Vabadussoja_Ajaloo_Komitee, lk 38
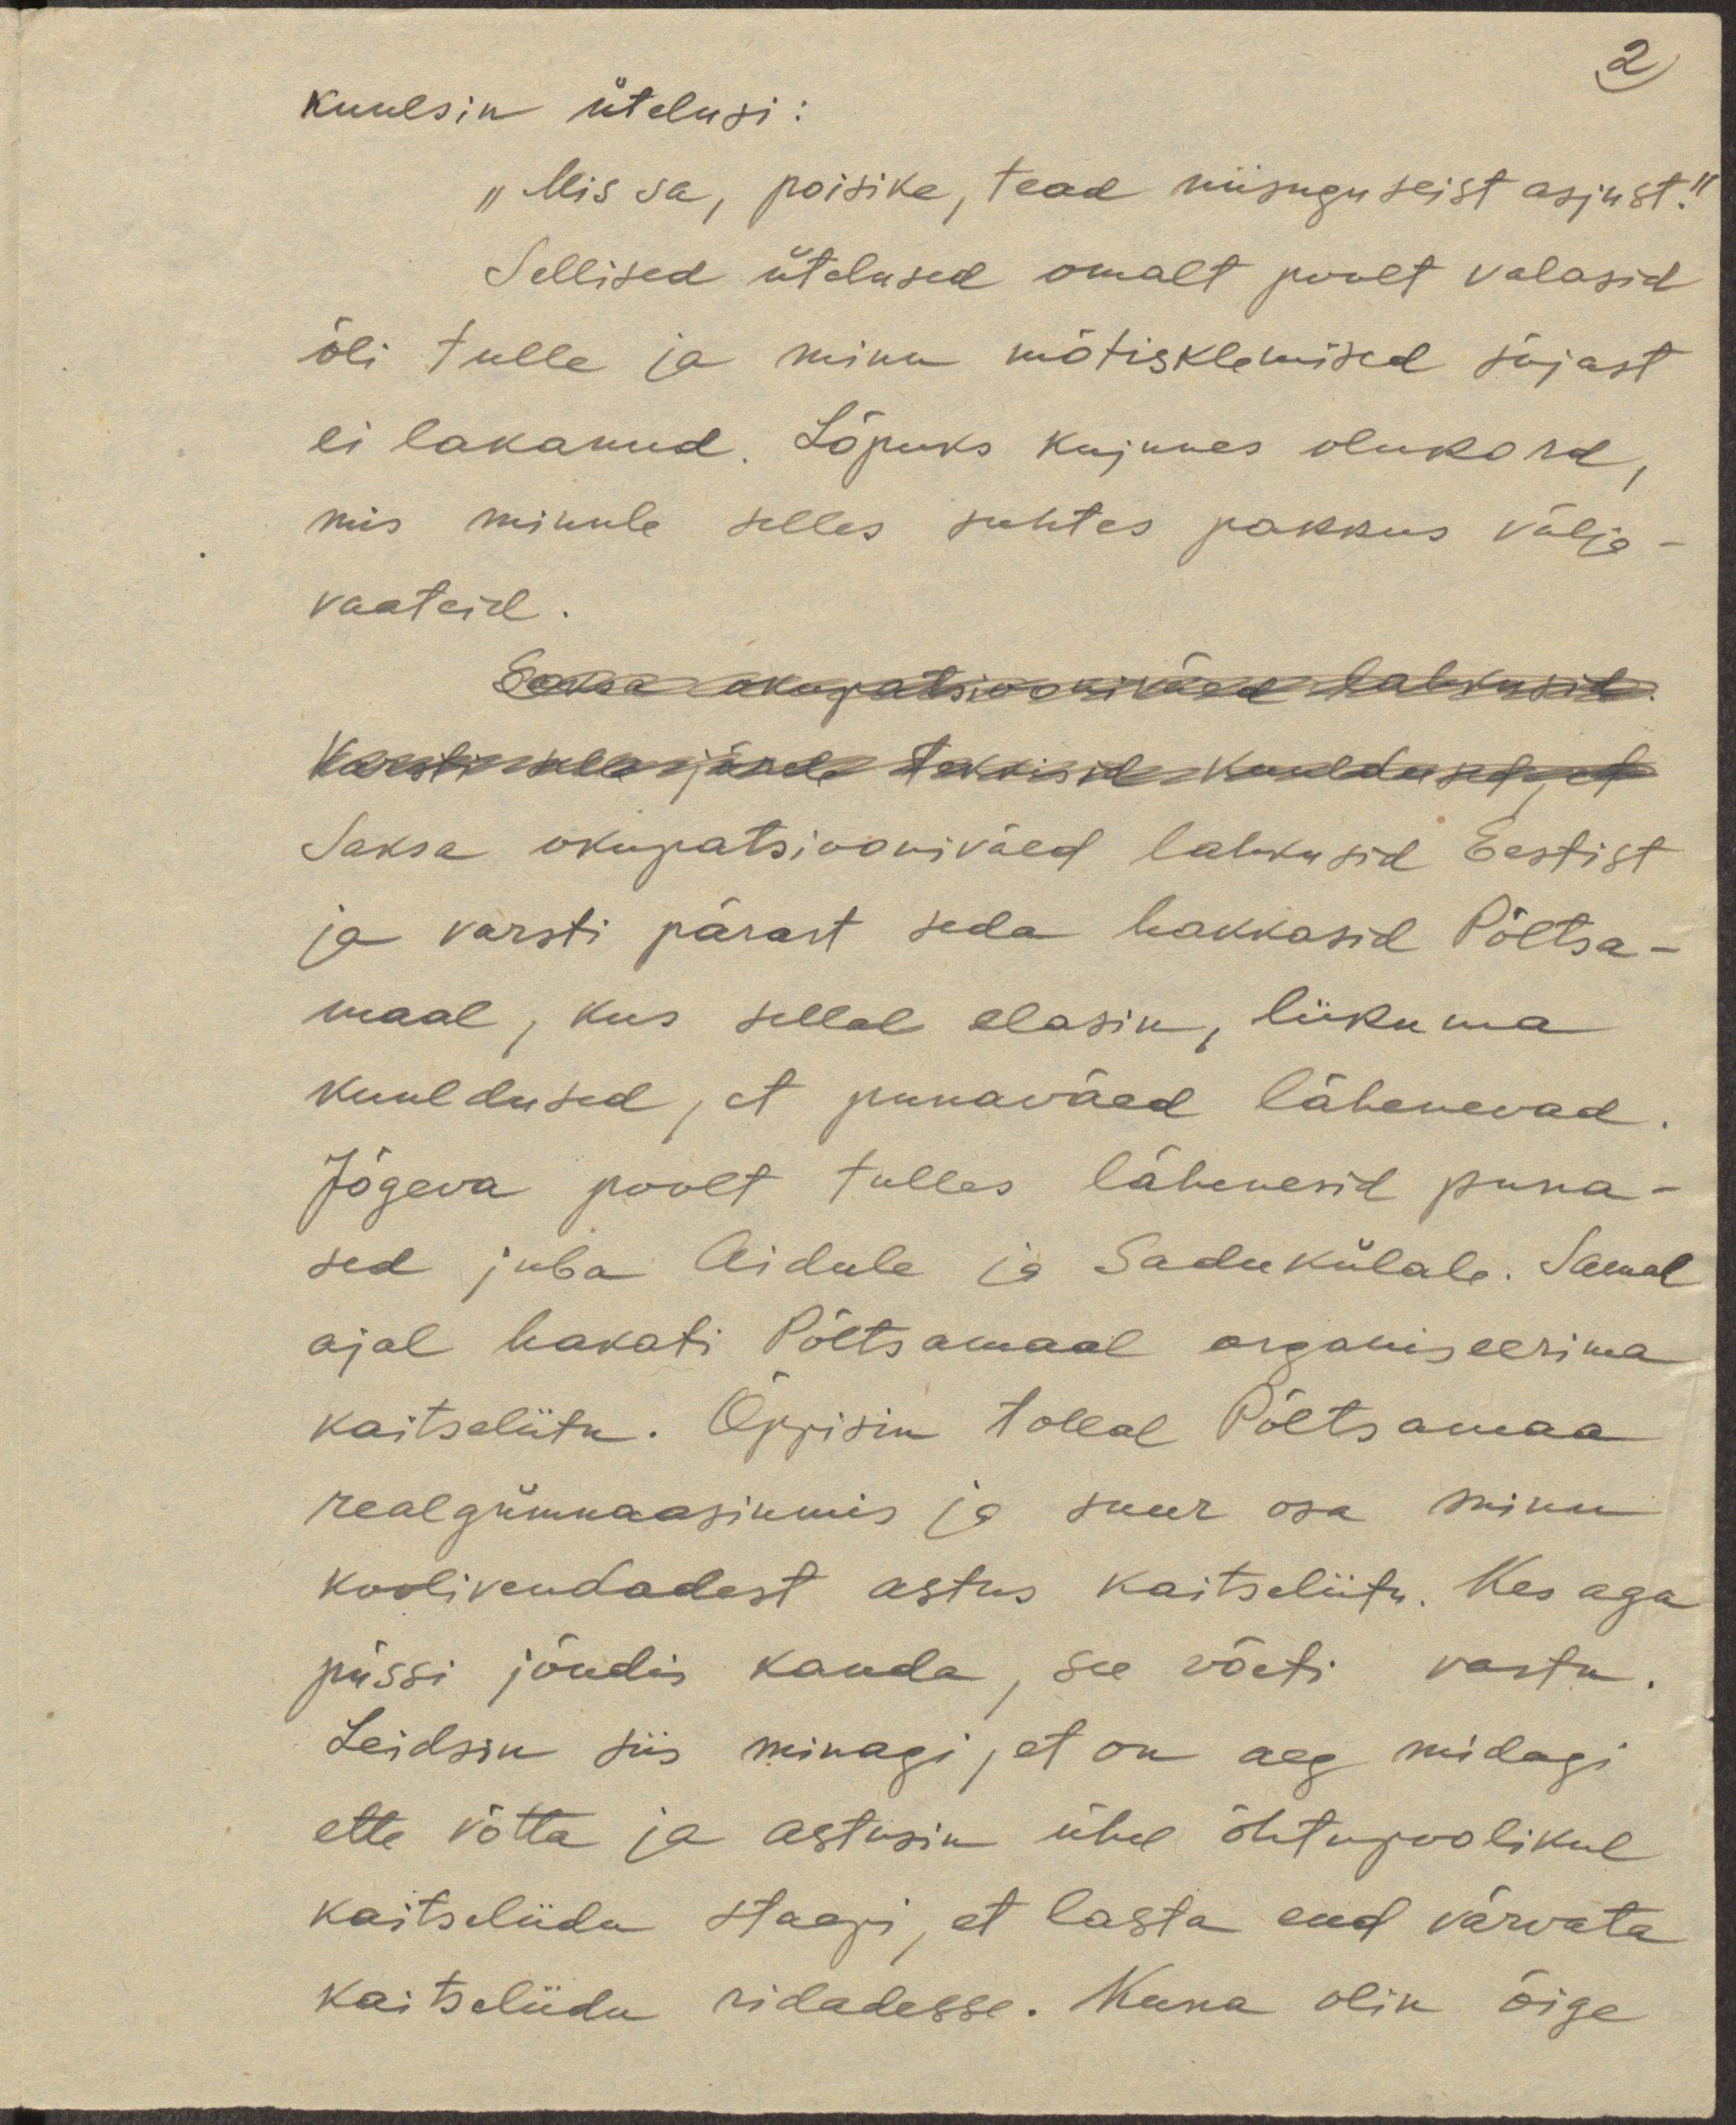
2
Kuulsin ütelusi:
"Mis sa, poisike, tead niisuguseist asjust."
Sellised ütelused omalt poolt valasid
õli tulle ja minu mõtisklemised sõjast
ei lakanud. Lõpuks kujunes olukord,
mis minule selles suhtes pakkus välja-
vaateid.
Saksa okupatsiooniväed lahkusid.
Varsti selle järele tekkisid kuuldused, et
Saksa okupatsiooniväed lahkusid Eestist
ja varsti pärast seda hakkasid Põltsa-
maal, kus sellal elasin, liikuma
kuuldused, et punaväed lähenevad.
Jõgeva poolt tulles lähenesid puna-
sed juba Aidule ja Sadukülale. Samal
ajal hakati Põltsamaal organiseerima
kaitseliitu. Õppisin tollal Põltsamaa
realgümnaasiumis ja suur osa minu
koolivendadest astus kaitseliitu. Kes aga
püssi jõudis kanda, see võeti vastu.
Leidsin siis minagi, et on aeg midagi
ette võtta ja astusin ühel õhtupoolikul
kaitseliidu staapi, et lasta end värvata
kaitseliidu ridadesse. Kuna olin õige